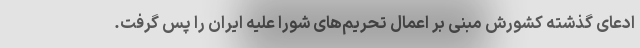
ادعای گذشته کشورش مبنی بر اعمال تحریم‌های شورا علیه ایران را پس گرفت.